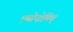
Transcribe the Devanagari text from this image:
एचोनोमिच्